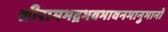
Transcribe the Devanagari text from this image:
श्रीरामभद्रभवभावनभानुभानो